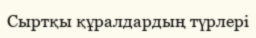
Сыртқы құралдардың түрлері